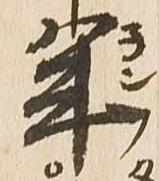
年